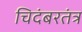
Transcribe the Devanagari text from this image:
चिदंबरतंत्र